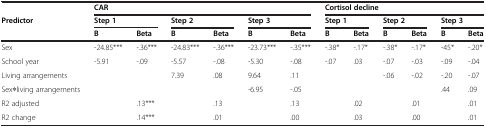
|  | <COLSPAN=6> CAR | <COLSPAN=6> Cortisol decline |
 | <ROWSPAN=2> Predictor | <COLSPAN=2> Step 1 | <COLSPAN=2> Step 2 | <COLSPAN=2> Step 3 | <COLSPAN=2> Step 1 | <COLSPAN=2> Step 2 | <COLSPAN=2> Step 3 |
 | B | Beta | B | Beta | B | Beta | B | Beta | B | Beta | B | Beta |
 | --- | --- | --- | --- | --- | --- | --- | --- | --- | --- | --- | --- | --- |
 | Sex | -24.85*** | -.36*** | -24.83*** | -.36*** | -23.73*** | -.35*** | -.38* | -.17* | -.38* | -.17* | -45* | -.20* |
 | School year | -5.91 | -.09 | -5.57 | -.08 | -5.30 | -.08 | -.07 | .03 | -.07 | -.03 | -.09 | -.04 |
 | Living arrangements |  |  | 7.39 | .08 | 9.64 | .11 |  |  | -.06 | -.02 | -.20 | -.07 |
 | Sex∗living arrangements |  |  |  |  | -6.95 | -.05 |  |  |  |  | .44 | .09 |
 | R2 adjusted |  | .13*** |  | .13 |  | .13 |  | .02 |  | .01 |  | .01 |
 | R2 change |  | .14*** |  | .01 |  | .00 |  | .03 |  | .00 |  | .01 |